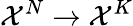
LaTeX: \mathcal{X}^{N}\to\mathcal{X}^{K}